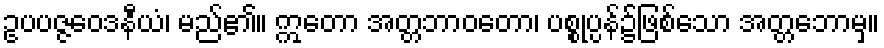
ဥပပဇ္ဇဝေဒနီယံ၊ မည်၏။ ဣတော အတ္တဘာဝတော၊ ပစ္စုပ္ပန်၌ဖြစ်သော အတ္တဘောမှ။